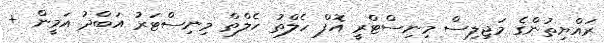
ރައްޔިތުންގެ މަޖިލިސް މިނިސްޓްރީ އޮފް ހެލްތު ހެލްތް މިނިސްޓަރު އަބްދު އަމީން +